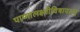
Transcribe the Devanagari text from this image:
पाप्मालक्ष्मीविषापहम्